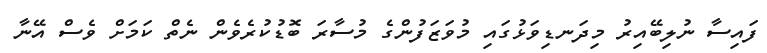
ފައިސާ ނުލިބޭއިރު މިދަނޑިވަޅުގައި މުވަޒަފުންގެ މުސާރަ ބޮޑުކުރެވެން ނެތް ކަމަށް ވެސް އޭނާ